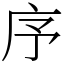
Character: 序